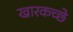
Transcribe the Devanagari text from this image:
खारकच्छे